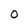
Character: O